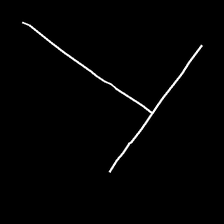
Glyph: column